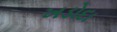
ખડોદા